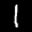
Label: 1